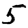
Digit: 5